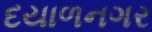
દયાળનગર